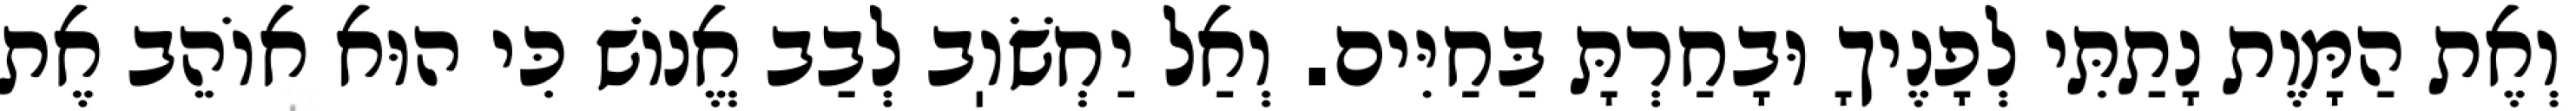
וְאֶת הַמָּוֶת נָתַתִּי לְפָנֶיךָ וּבָחַרְתָּ בַּחַיִּים. וְאַל יַחְשֹׁוֽב לְבַב אֱנוֹשׁ כִּי הוּא אוֹהֵב אֶת